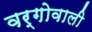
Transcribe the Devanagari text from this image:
वर्गोवाली